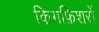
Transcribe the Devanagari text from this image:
किंगफ़िशरों